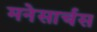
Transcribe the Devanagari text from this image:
मनेसार्चस